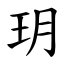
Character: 玥